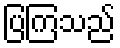
ပြကြသည်